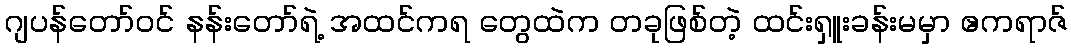
ဂျပန်တော်ဝင် နန်းတော်ရဲ့ အထင်ကရ တွေထဲက တခုဖြစ်တဲ့ ထင်းရှူးခန်းမမှာ ဧကရာဇ်